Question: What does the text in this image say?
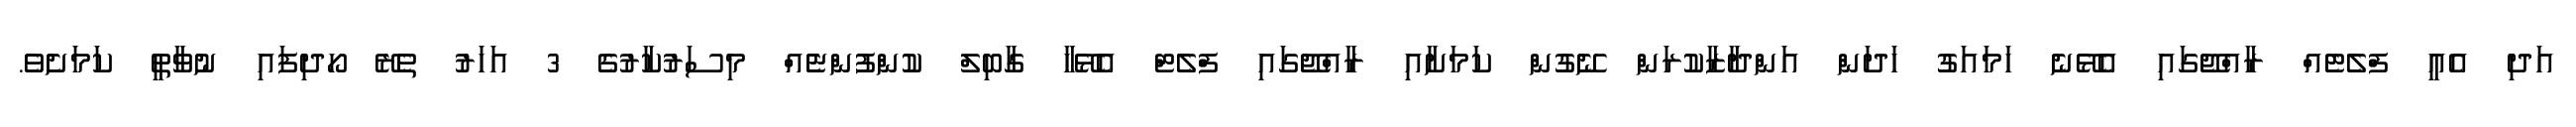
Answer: އަދި އެއީ ފްލެޓެއް ރާއްޖޭގައި އެޅޭނެ ހަމައަގު ހަދަން އަންދާޒާކުރަން ނޭގުން ކަމަށާއި ރާއްޖޭގައި ފްލެޓް އެޅޭހާ ގާބިލް ކުންފުންޏެެއް މިސަރުކާރުގެ 3 އަހަރު ތެރޭ ހޯދިފައި ނުވާތީ ކަމަށެވެ.